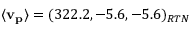
\mathbf { \langle v _ { p } \rangle } = ( 3 2 2 . 2 , - 5 . 6 , - 5 . 6 ) _ { R T N }